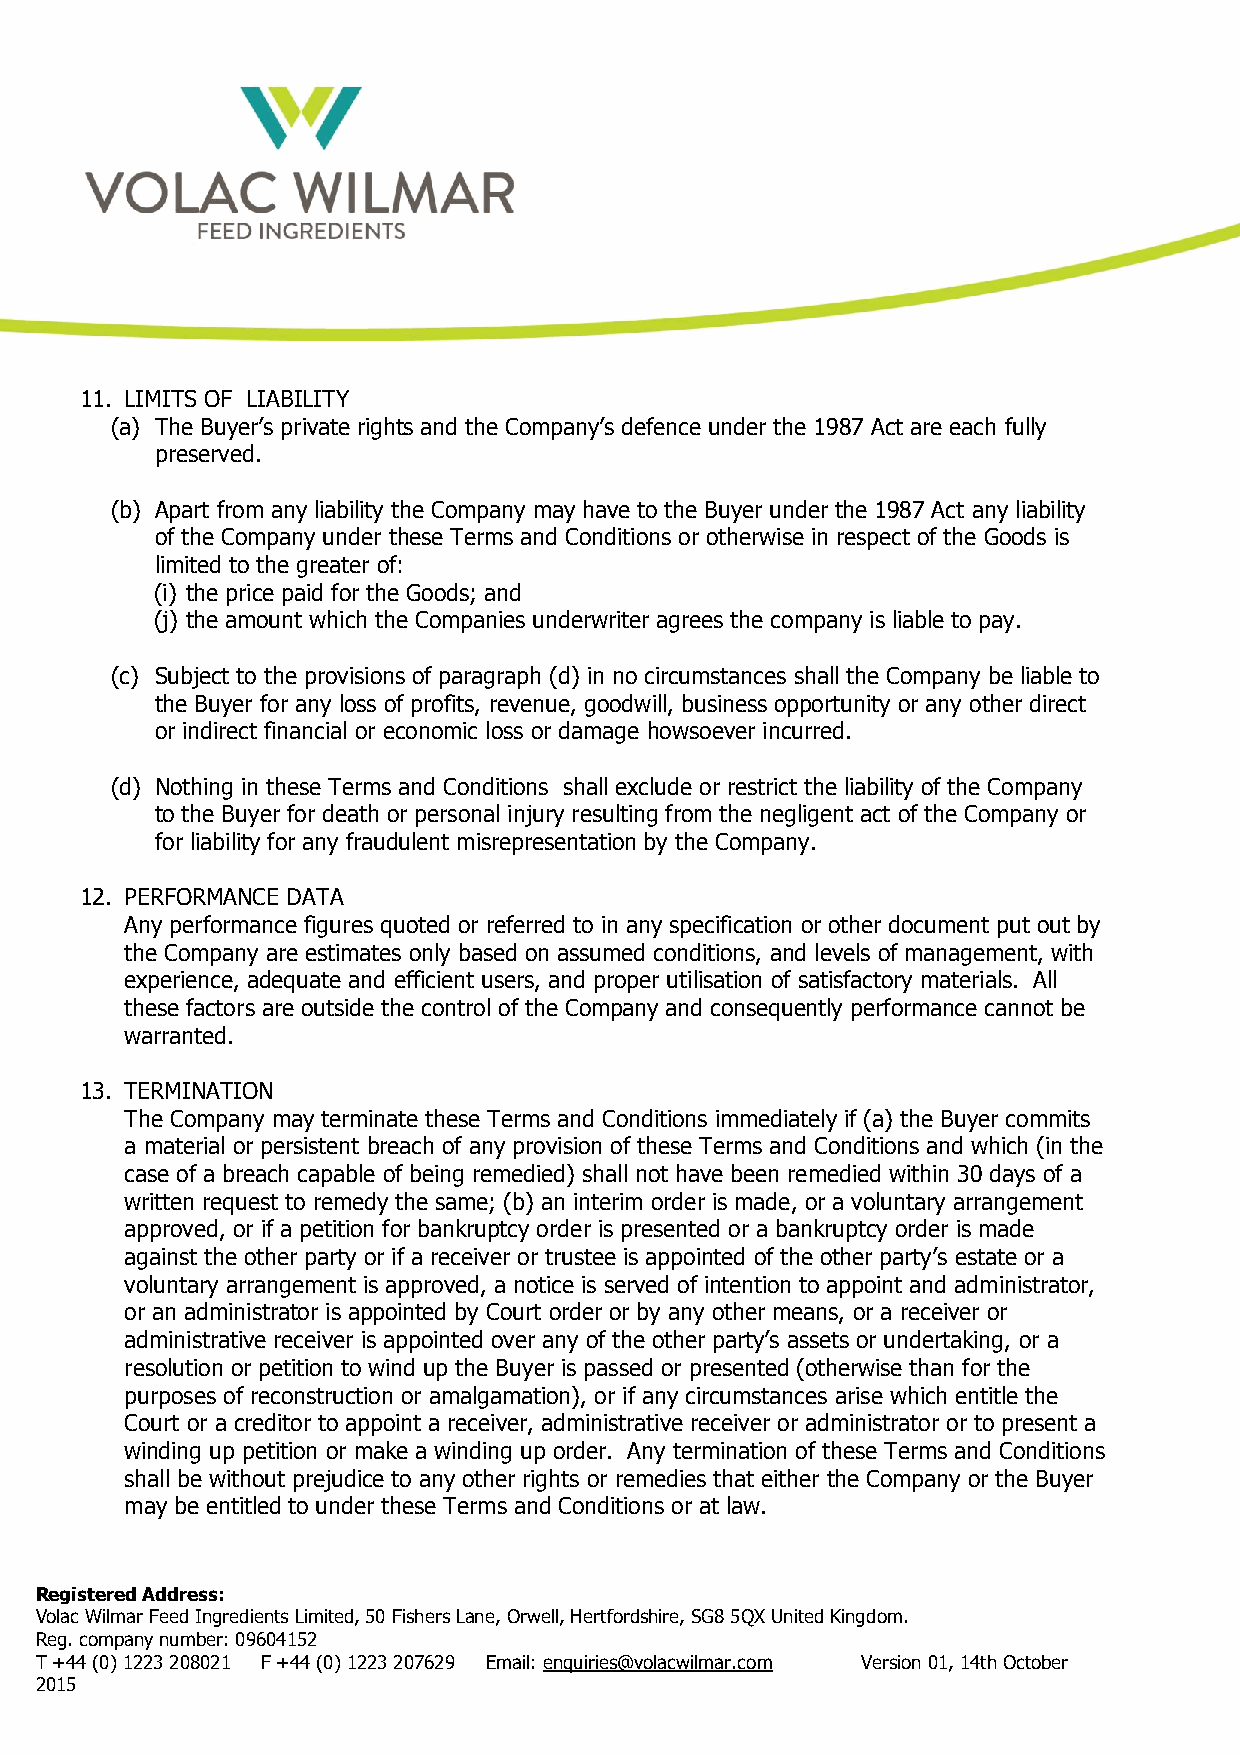
11. LIMITS OF LIABILITY
 (a) The Buyer’s private rights and the Company’s defence under the 1987 Act are each fully
 preserved.
 (b) Apart from any liability the Company may have to the Buyer under the 1987 Act any liability
 of the Company under these Terms and Conditions or otherwise in respect of the Goods is
 limited to the greater of:
 (i) the price paid for the Goods; and
 (j) the amount which the Companies underwriter agrees the company is liable to pay.
 (c) Subject to the provisions of paragraph (d) in no circumstances shall the Company be liable to
 the Buyer for any loss of profits, revenue, goodwill, business opportunity or any other direct
 or indirect financial or economic loss or damage howsoever incurred.
 (d) Nothing in these Terms and Conditions shall exclude or restrict the liability of the Company
 to the Buyer for death or personal injury resulting from the negligent act of the Company or
 for liability for any fraudulent misrepresentation by the Company.
 12. PERFORMANCE DATA
 Any performance figures quoted or referred to in any specification or other document put out by
 the Company are estimates only based on assumed conditions, and levels of management, with
 experience, adequate and efficient users, and proper utilisation of satisfactory materials. All
 these factors are outside the control of the Company and consequently performance cannot be
 warranted.
 13. TERMINATION
 The Company may terminate these Terms and Conditions immediately if (a) the Buyer commits
 a material or persistent breach of any provision of these Terms and Conditions and which (in the
 case of a breach capable of being remedied) shall not have been remedied within 30 days of a
 written request to remedy the same; (b) an interim order is made, or a voluntary arrangement
 approved, or if a petition for bankruptcy order is presented or a bankruptcy order is made
 against the other party or if a receiver or trustee is appointed of the other party’s estate or a
 voluntary arrangement is approved, a notice is served of intention to appoint and administrator,
 or an administrator is appointed by Court order or by any other means, or a receiver or
 administrative receiver is appointed over any of the other party’s assets or undertaking, or a
 resolution or petition to wind up the Buyer is passed or presented (otherwise than for the
 purposes of reconstruction or amalgamation), or if any circumstances arise which entitle the
 Court or a creditor to appoint a receiver, administrative receiver or administrator or to present a
 winding up petition or make a winding up order. Any termination of these Terms and Conditions
 shall be without prejudice to any other rights or remedies that either the Company or the Buyer
 may be entitled to under these Terms and Conditions or at law.
 Registered Address:
 Volac Wilmar Feed Ingredients Limited, 50 Fishers Lane, Orwell, Hertfordshire, SG8 5QX United Kingdom.
 Reg. company number: 09604152
 T +44 (0) 1223 208021 F +44 (0) 1223 207629 Email: enquiries@volacwilmar.com Version 01, 14th October
 2015